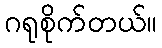
ဂရုစိုက်တယ်။